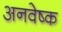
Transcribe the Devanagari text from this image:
अनवेष्क